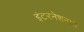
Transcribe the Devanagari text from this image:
इंटरनेशनाले